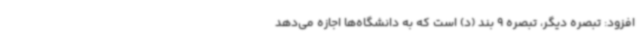
افزود: تبصره دیگر، تبصره 9 بند (د) است که به دانشگاه‌ها اجازه می‌دهد